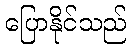
ပြောနိုင်သည်